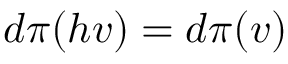
d \pi ( h v ) = d \pi ( v )